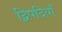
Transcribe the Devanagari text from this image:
द्विपदियाँ